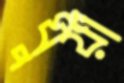
ধুঁয়া